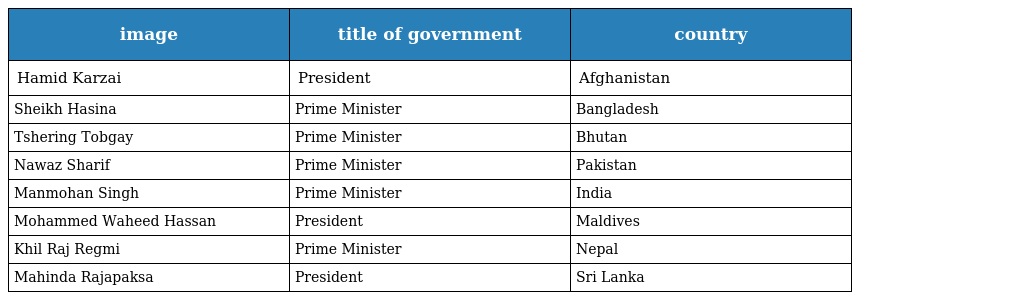
| image | title of government | country |
 | --- | --- | --- |
 | Hamid Karzai | President | Afghanistan |
 | Sheikh Hasina | Prime Minister | Bangladesh |
 | Tshering Tobgay | Prime Minister | Bhutan |
 | Nawaz Sharif | Prime Minister | Pakistan |
 | Manmohan Singh | Prime Minister | India |
 | Mohammed Waheed Hassan | President | Maldives |
 | Khil Raj Regmi | Prime Minister | Nepal |
 | Mahinda Rajapaksa | President | Sri Lanka |